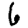
Digit: 6